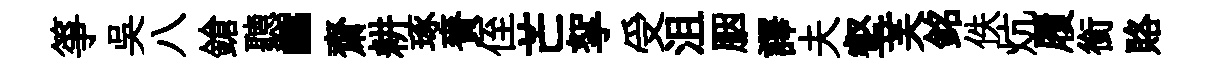
箏吴八鎗聽“齋耕琢賚侄芒挐受沮胭譯夫壑芙銘佚炕履銜賂